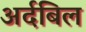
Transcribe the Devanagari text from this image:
अर्दबिल